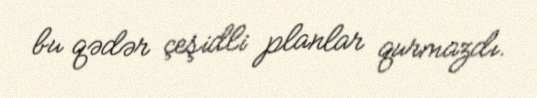
bu qədər çeşidli planlar qurmazdı.